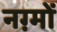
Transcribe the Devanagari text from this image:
नग़्मों